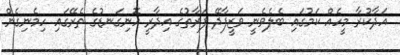
އަދާކުރާ މީހެއް ކަމުގައި ބެލެވެނީ ވަޒީފާދޭ ފަރާތުގެ އިދާރީ އޮނިގަނޑުގެ ތެރޭގައި ހިމެނިގެން